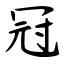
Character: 冠